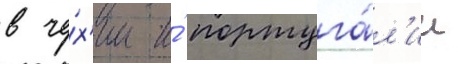
в че́х'ии и́ португа́л'ии